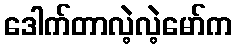
ဒေါက်တာလဲ့လဲ့မော်က